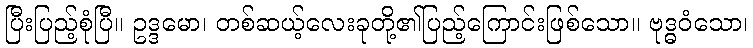
ပြီးပြည့်စုံပြီ။ ဥဒ္ဒမော၊ တစ်ဆယ့်လေးခုတို့၏ပြည့်ကြောင်းဖြစ်သော။ ဗုဒ္ဓဝံသော၊